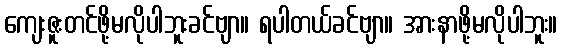
ကျေးဇူးတင်ဖို့မလိုပါဘူးခင်ဗျာ။ ရပါတယ်ခင်ဗျာ။ အားနာဖို့မလိုပါဘူး။